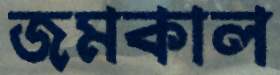
জমকাল